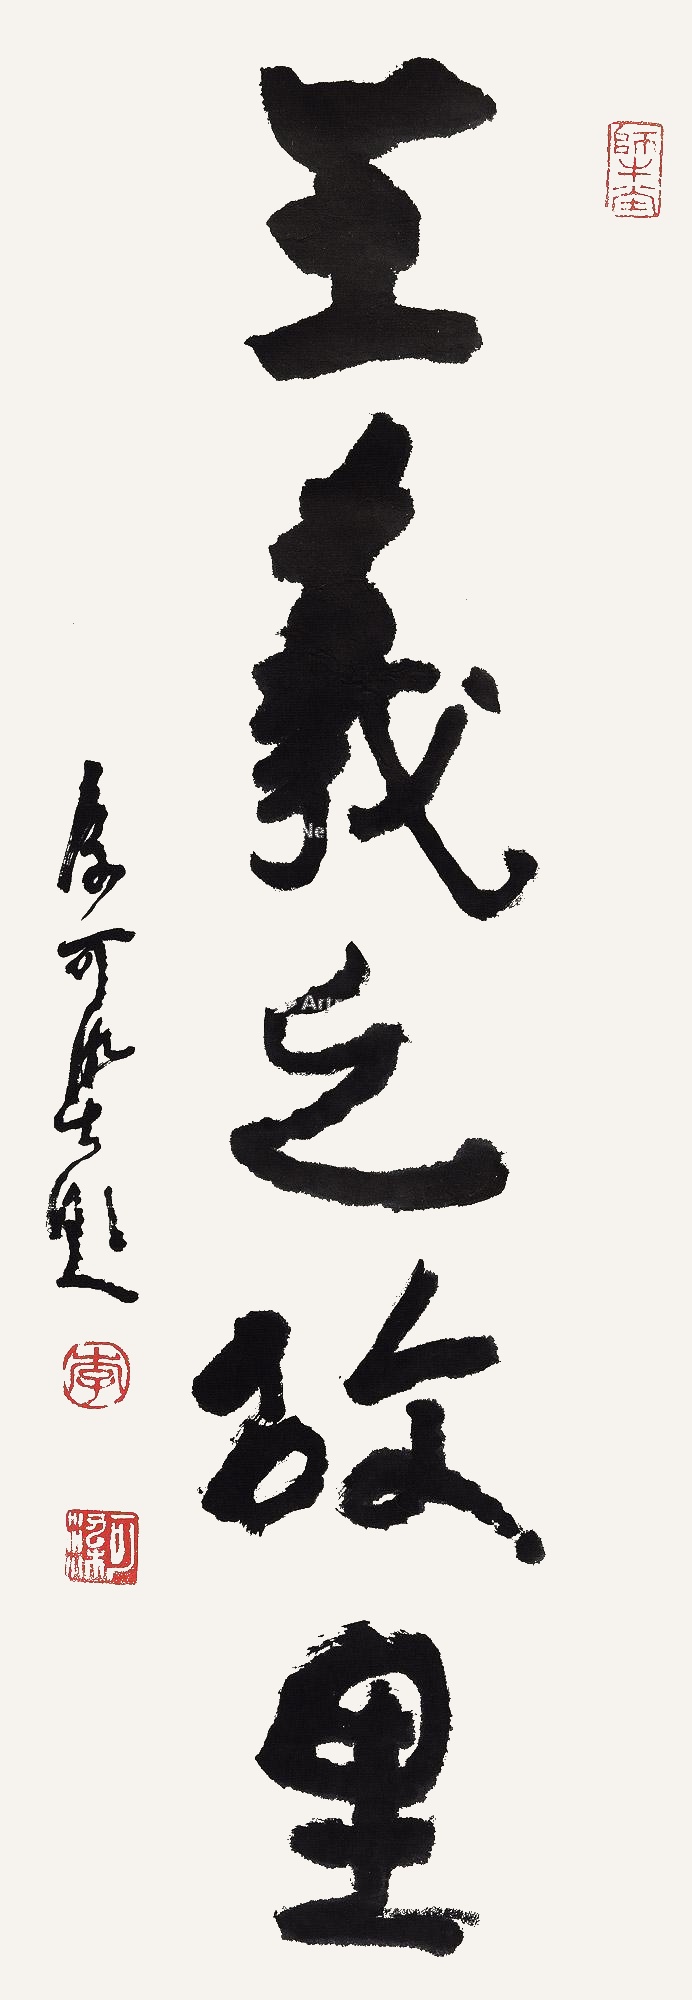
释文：王羲之故里李可染题。